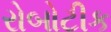
રોબોટીક